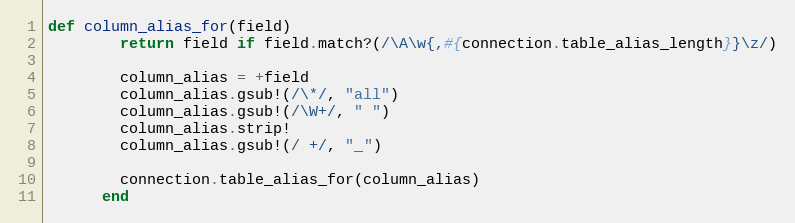
Language: Ruby
def column_alias_for(field)
        return field if field.match?(/\A\w{,#{connection.table_alias_length}}\z/)

        column_alias = +field
        column_alias.gsub!(/\*/, "all")
        column_alias.gsub!(/\W+/, " ")
        column_alias.strip!
        column_alias.gsub!(/ +/, "_")

        connection.table_alias_for(column_alias)
      end